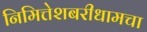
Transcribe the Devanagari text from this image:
निमित्तेशबरीधामचा